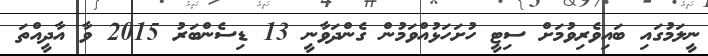
ނީލަމުގައި ބައިވެރިވުމަށް ސިޓީ ހުށަހަޅުއްވަމުން ގެންދަވާނީ 13 ޑިސެންބަރު 2015 ވާ އާދީއްތަ